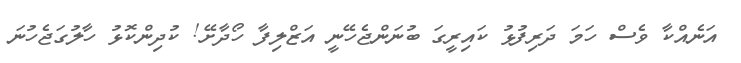
އަނެއްކާ ވެސް ހަމަ ދަރިފުޅު ކައިރީގަ ބުނަންޖެހޭނީ އަޒްލިފާ ހޯދާށޭ! ކުދިންކޮޅު ހާލުގަޖެހުނަ